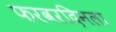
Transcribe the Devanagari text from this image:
फरवरदिनला